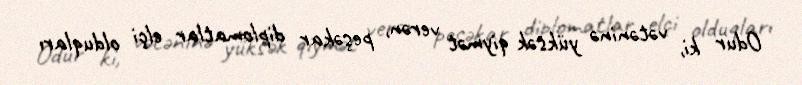
Odur ki, vətəninə yüksək qiymət verən, peşəkar diplomatlar elçi olduqları